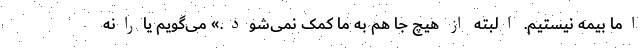
اما بیمه نیستیم. البته از هیچ جا هم به ما کمک نمی‌شود.» می‌گویم یارانه